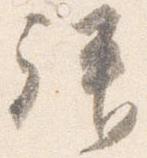
拝